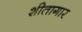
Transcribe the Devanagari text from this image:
शीतागार